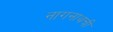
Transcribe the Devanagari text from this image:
नागनाथची